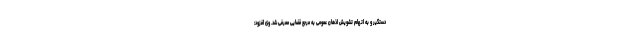
دستگیر و به اتهام تشویش اذهان عمومی به مرجع قضایی معرفی شد. وی افزود: